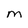
Character: M